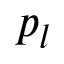
p _ { l }